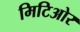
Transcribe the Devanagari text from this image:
मिटिओर